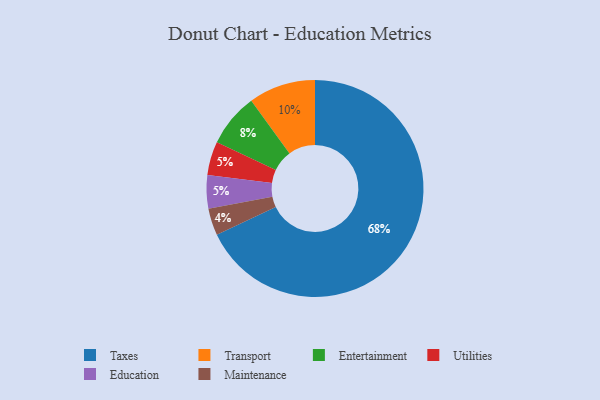
{"axis": {"x": "Category", "y": "Percentage"}, "legend": ["Education", "Entertainment", "Maintenance", "Taxes", "Transport", "Utilities"], "data": [{"x": "Transport", "y": 10, "type": "Transport"}, {"x": "Utilities", "y": 5, "type": "Utilities"}, {"x": "Education", "y": 5, "type": "Education"}, {"x": "Entertainment", "y": 8, "type": "Entertainment"}, {"x": "Maintenance", "y": 4, "type": "Maintenance"}, {"x": "Taxes", "y": 68, "type": "Taxes"}]}